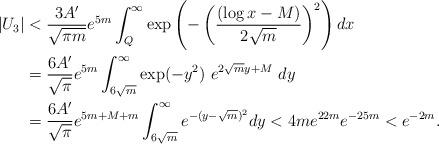
LaTeX: \begin{align*}|U_3| & < \frac{3 A'}{\sqrt{\pi m}} e^{5m} \int_{Q}^{\infty} \exp\left( -\left(\frac{(\log x -M)}{2\sqrt{m}}\right)^2 \right) dx\\ &=\frac{6A'}{\sqrt{\pi}} e^{5m} \int_{6\sqrt{m}}^{\infty} \exp(-y^2) ~e^{2\sqrt{m}y+M}~dy \\ &= \frac{6A'}{\sqrt{\pi}} e^{5m+M+m} \int_{6\sqrt{m}}^\infty e^{-(y-\sqrt{m})^2} dy < 4 m e^{22m} e^{-25m} < e^{-2m}.\end{align*}